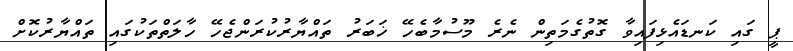
ޕީ ގައި ކަނޑައެޅިފައިވާ ގޮތުގެމަތިން ނެރެ މޫސުމާބެހޭ ޚަބަރު ތައްޔާރުކުރަންޖެހޭ ހާލަތްތަކުގައި ތައްޔާރުކޮށް